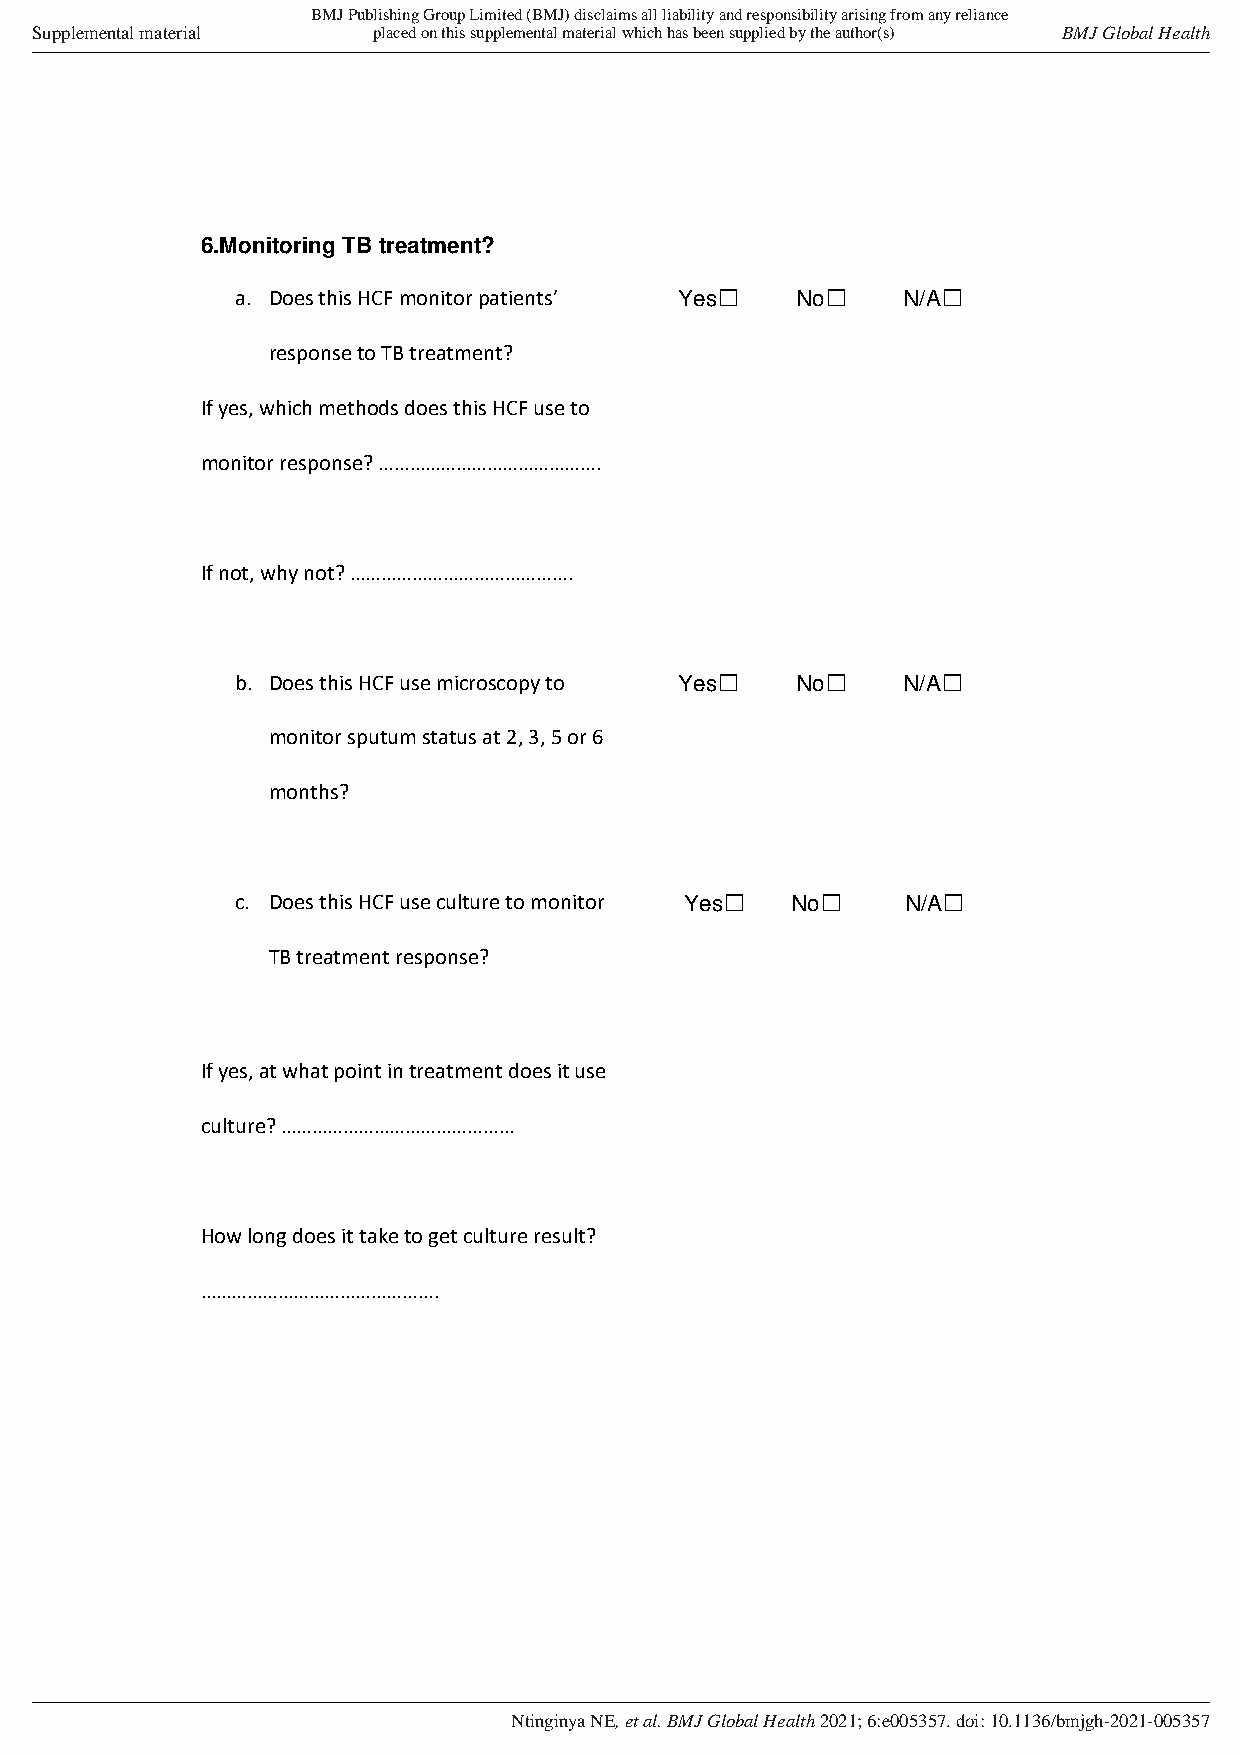
BMJ Publishing Group Limited (BMJ) disclaims all liability and responsibility arising from any reliance
 Supplemental material  placed on this supplemental material which has been supplied by the author(s) BMJ Global Health
 6.Monitoring TB treatment?
 a. Does this HCF monitor patients’ Yes☐ No☐ N/A☐
 response to TB treatment?
 If yes, which methods does this HCF use to
 monitor response? …………………………………….
 If not, why not? …………………………………….
 b. Does this HCF use microscopy to Yes☐ No☐ N/A☐
 monitor sputum status at 2, 3, 5 or 6
 months?
 c. Does this HCF use culture to monitor Yes☐ No☐ N/A☐
 TB treatment response?
 If yes, at what point in treatment does it use
 culture? ………………………………………
 How long does it take to get culture result?
 ……………………………………….
 Ntinginya NE, et al. BMJ Global Health 2021; 6:e005357. doi: 10.1136/bmjgh-2021-005357